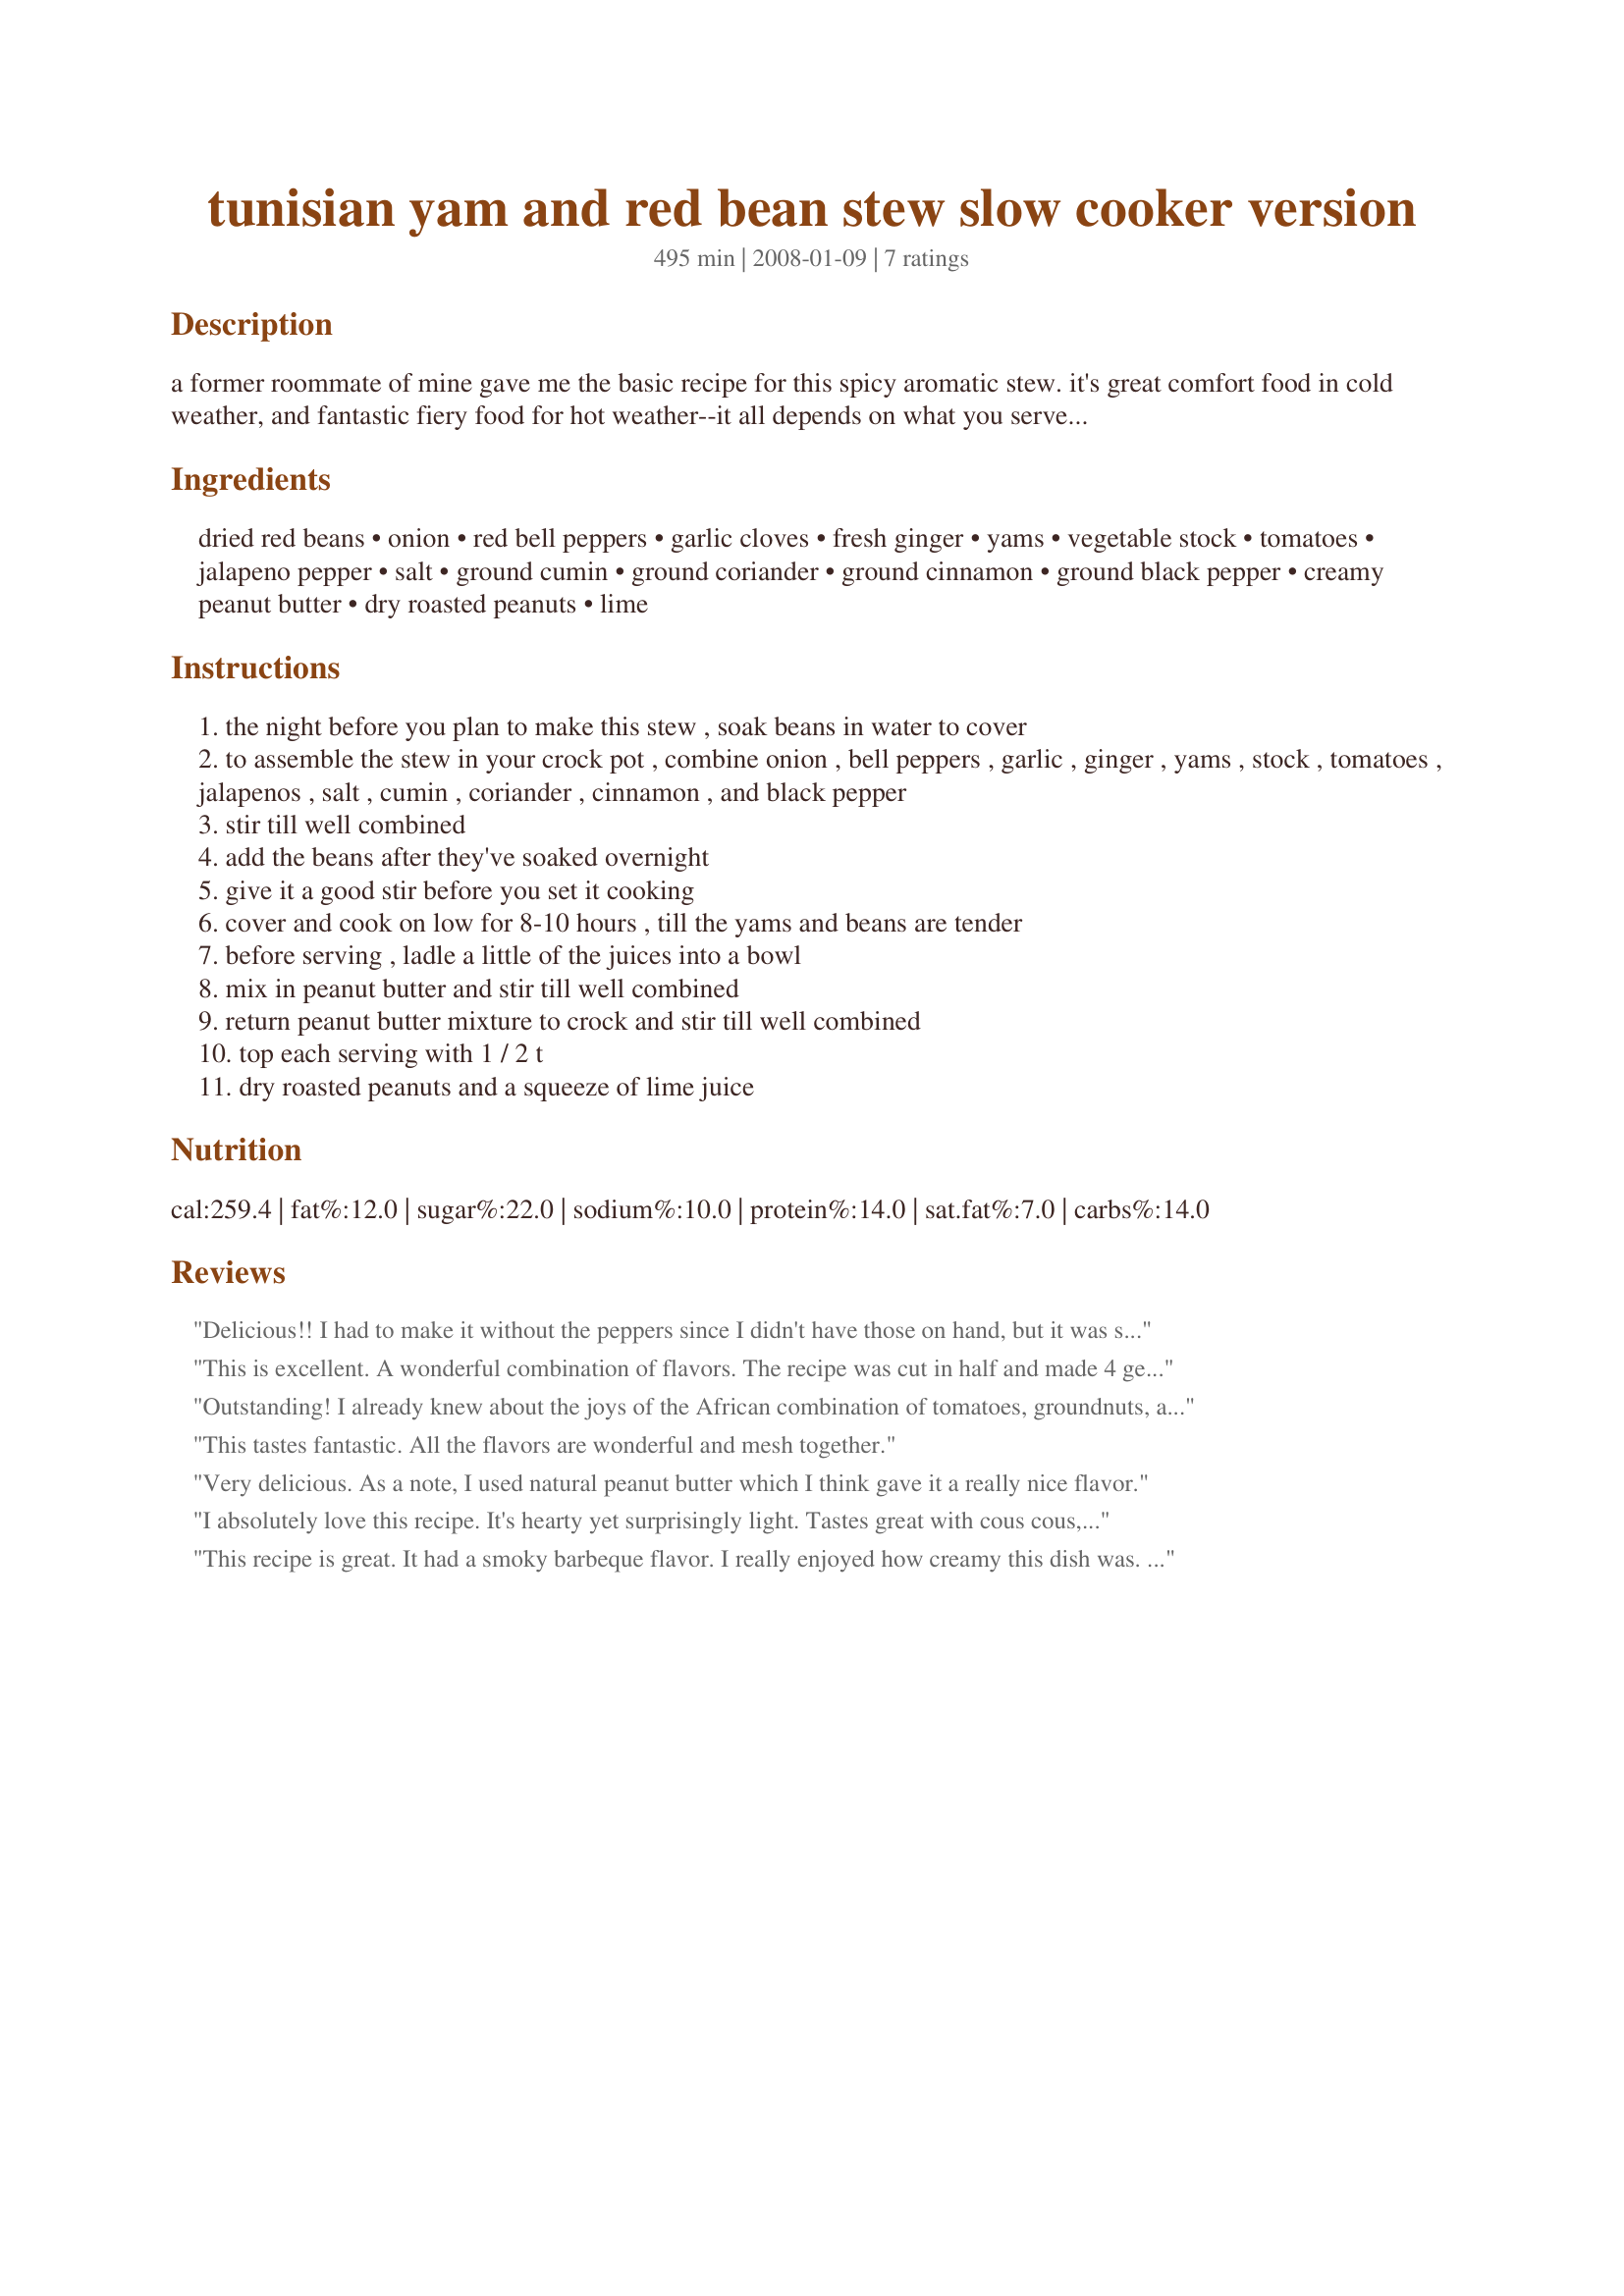
tunisian yam and red bean stew slow cooker version
Preparation time: 495 minutes

a former roommate of mine gave me the basic recipe for this spicy aromatic stew. it's great comfort food in cold weather, and fantastic fiery food for hot weather--it all depends on what you serve with it! i love it over steamed couscous or pieces of spongy bread, myself. don't be put off by the long ingredient list...you are in for 10-15 minutes of chopping and that's it! assemble this in your crock the night before and you'll have dinner done before you know it the next day!

Ingredients:
dried red beans, onion, red bell peppers, garlic cloves, fresh ginger, yams, vegetable stock, tomatoes, jalapeno pepper, salt, ground cumin, ground coriander, ground cinnamon, ground black pepper, creamy peanut butter, dry roasted peanuts, lime

Steps:
the night before you plan to make this stew , soak beans in water to cover
to assemble the stew in your crock pot , combine onion , bell peppers , garlic , ginger , yams , stock , tomatoes , jalapenos , salt , cumin , coriander , cinnamon , and black pepper
stir till well combined
add the beans after they've soaked overnight
give it a good stir before you set it cooking
cover and cook on low for 8-10 hours , till the yams and beans are tender
before serving , ladle a little of the juices into a bowl
mix in peanut butter and stir till well combined
return peanut butter mixture to crock and stir till well combined
top each serving with 1 / 2 t
dry roasted peanuts and a squeeze of lime juice

Reviews:
Delicious!! I had to make it without the peppers since I didn't have those on hand, but it was still delicious! I think next time I just might try adding some currey powder.....but it was delicious as is! Served over brown rice. Definitely will be making again! Thanks for this delicious recipe!! Did I mention how delicious this was??? :-)
This is excellent. A wonderful combination of flavors. The recipe was cut in half and made 4 generous servings. This was served with brown rice couscous.
Outstanding! I already knew about the joys of the African combination of tomatoes, groundnuts, and chilis from a chicken stew from Niger that I make (see my recipes), but this might be even better, especially with the toppings of fresh lime juice and roasted peanuts! I did add a tad more peanut butter (more like a heaping 1/4 cup) and a little more salt, but otherwise it was perfect! Will be making this again, especially now that winter has truly arrived.
This tastes fantastic. All the flavors are wonderful and mesh together.
Very delicious. As a note, I used natural peanut butter which I think gave it a really nice flavor.
I absolutely love this recipe. It's hearty yet surprisingly light. Tastes great with cous cous, and the lime at the end is a perfect finisher. Thank you for posting my new favorite recipe!
This recipe is great. It had a smoky barbeque flavor. I really enjoyed how creamy this dish was. I mixed almond butter with the peanut butter and the dish was heavenly. I also cooked this dish on the stove and it took about 3 hours.
